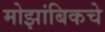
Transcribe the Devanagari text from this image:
मोझांबिकचे